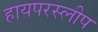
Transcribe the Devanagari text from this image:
हायपरस्लीप